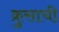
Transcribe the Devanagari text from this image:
क्रुसाची